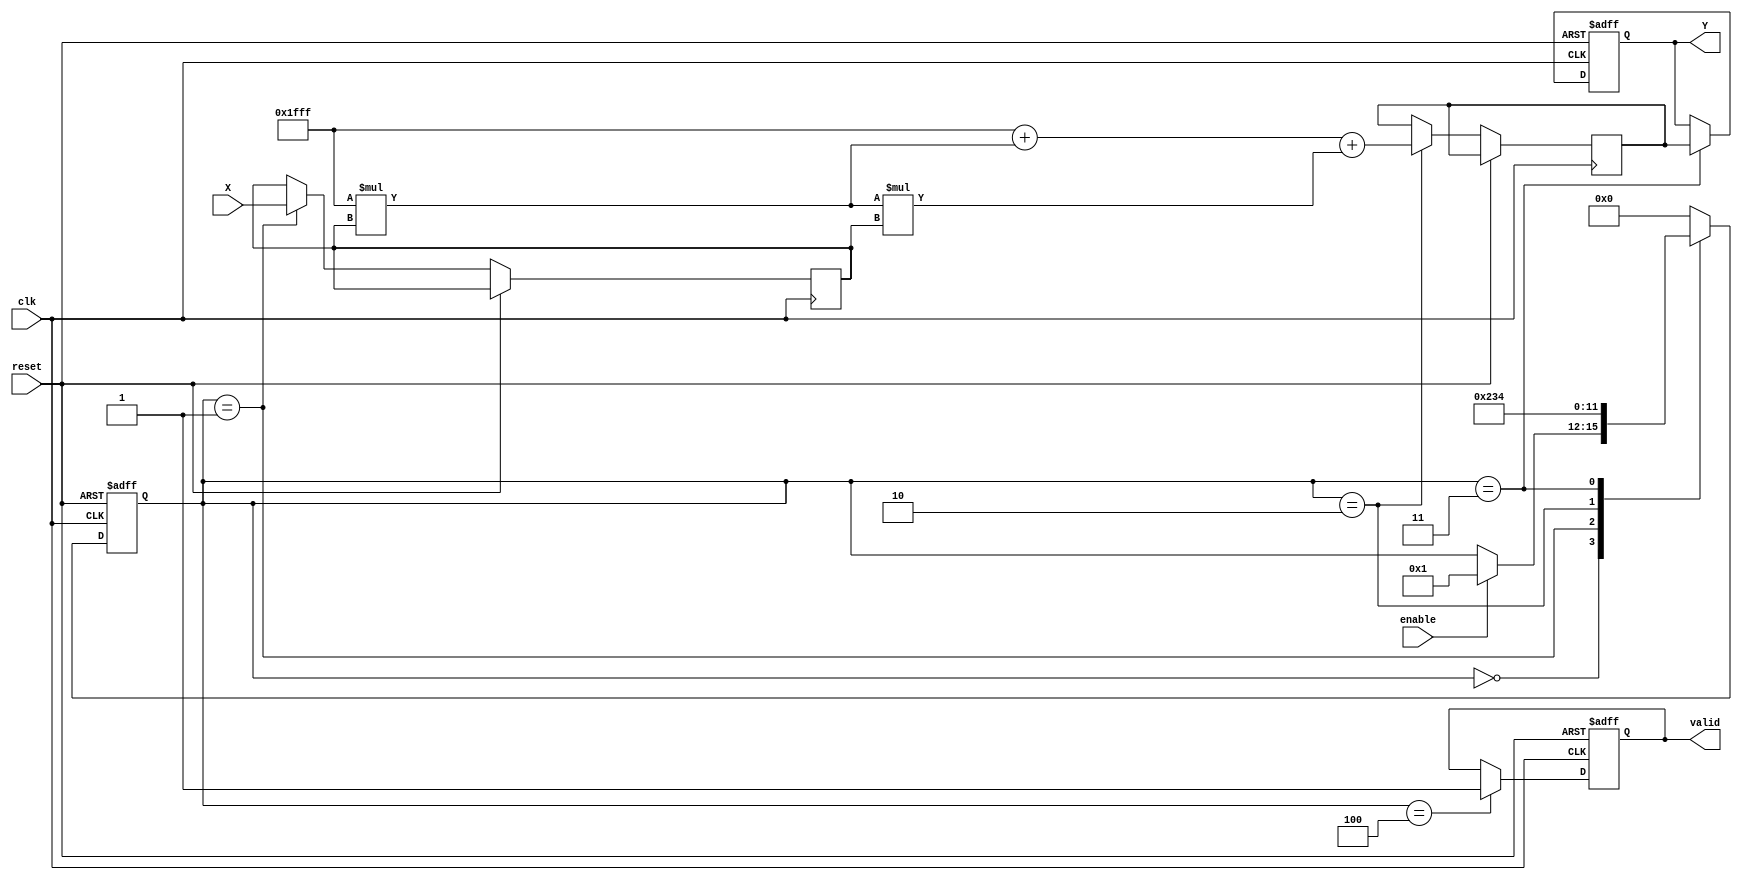
module approx_reciprocal (
    input wire clk,
    input wire reset,
    input wire enable,
    input wire [15:0] X, // 16-bit fixed-point input
    output reg [15:0] Y, // 16-bit fixed-point output
    output reg valid // Signal to indicate valid output
);

    // Internal signals
    reg [15:0] normalized_X;
    reg [15:0] approx_reciprocal;
    reg [3:0] state;

    // State encoding
    localparam IDLE = 4'b0000,
               NORMALIZE = 4'b0001,
               APPROXIMATE = 4'b0010,
               SCALE = 4'b0011,
               OUTPUT = 4'b0100;

    // Polynomial coefficients for approximation (example coefficients)
    parameter [15:0] COEFF_0 = 16'h1FFF; // Example coefficient for x^0
    parameter [15:0] COEFF_1 = 16'h1FFF; // Example coefficient for x^1
    parameter [15:0] COEFF_2 = 16'h1FFF; // Example coefficient for x^2

    // Normalize input (simple example, assuming X > 0)
    always @(posedge clk or posedge reset) begin
        if (reset) begin
            state <= IDLE;
            Y <= 16'b0;
            valid <= 1'b0;
        end else begin
            case (state)
                IDLE: begin
                    if (enable) begin
                        state <= NORMALIZE;
                    end
                end

                NORMALIZE: begin
                    // Normalize input (for simplicity, just pass through)
                    normalized_X <= X; // Add normalization logic if needed
                    state <= APPROXIMATE;
                end

                APPROXIMATE: begin
                    // Simple polynomial approximation for 1/X
                    // Y = COEFF_0 + COEFF_1 * normalized_X + COEFF_2 * normalized_X^2
                    approx_reciprocal <= COEFF_0 + (COEFF_1 * normalized_X) + (COEFF_2 * normalized_X * normalized_X);
                    state <= SCALE;
                end

                SCALE: begin
                    // Scale the output (if necessary)
                    Y <= approx_reciprocal; // Adjust scaling as needed
                    state <= OUTPUT;
                end

                OUTPUT: begin
                    valid <= 1'b1; // Indicate valid output
                    state <= IDLE; // Go back to IDLE
                end

                default: state <= IDLE;
            endcase
        end
    end

endmodule